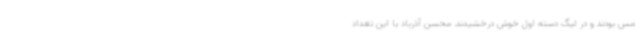
مس بودند و در لیگ دسته اول خوش درخشیدند. محسن آذرباد با این تعداد